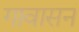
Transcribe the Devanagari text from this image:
गावासनं